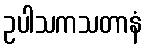
ဥပါသကသတာနံ